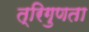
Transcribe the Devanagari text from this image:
त्रिगुणता